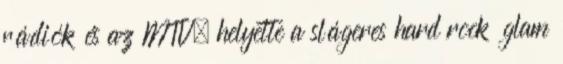
rádiók és az MTV, helyette a slágeres hard rock glam